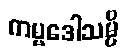
ကမ္မဒေါသမ္ပိ